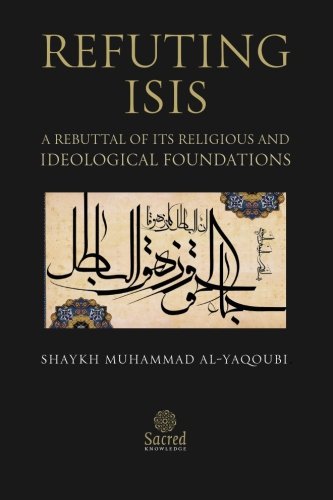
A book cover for Refuting ISIS: A Rebuttal Of Its Religious And Ideological Foundations; Shaykh Muhammad Al-Yaqoubi; Religion & Spirituality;